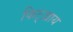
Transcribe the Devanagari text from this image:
फिट्ज़्राय